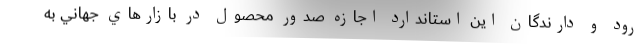
رود و دارندگان اين استاندارد اجازه صدور محصول در بازارهاي جهاني به